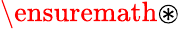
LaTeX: \ensuremath{\circledast}